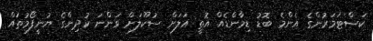
ކަސްޓަމަރުންގެ އެންމެ ބޮޑު ޑިމާންޑެއް އޮތީ އަލަށް ސުކޫލަށް ވަންނަ ކުދިންގެ ޔުނީފޯމުތައް